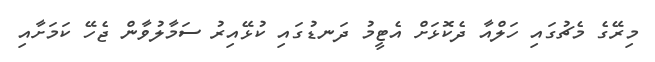
މިރޭގެ މެޗުގައި ހަލްއާ ދެކޮޅަށް އެޓީމު ދަނޑުގައި ކުޅޭއިރު ސަމާލުވާން ޖެހޭ ކަމަށާއި